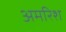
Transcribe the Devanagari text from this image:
अमरिश